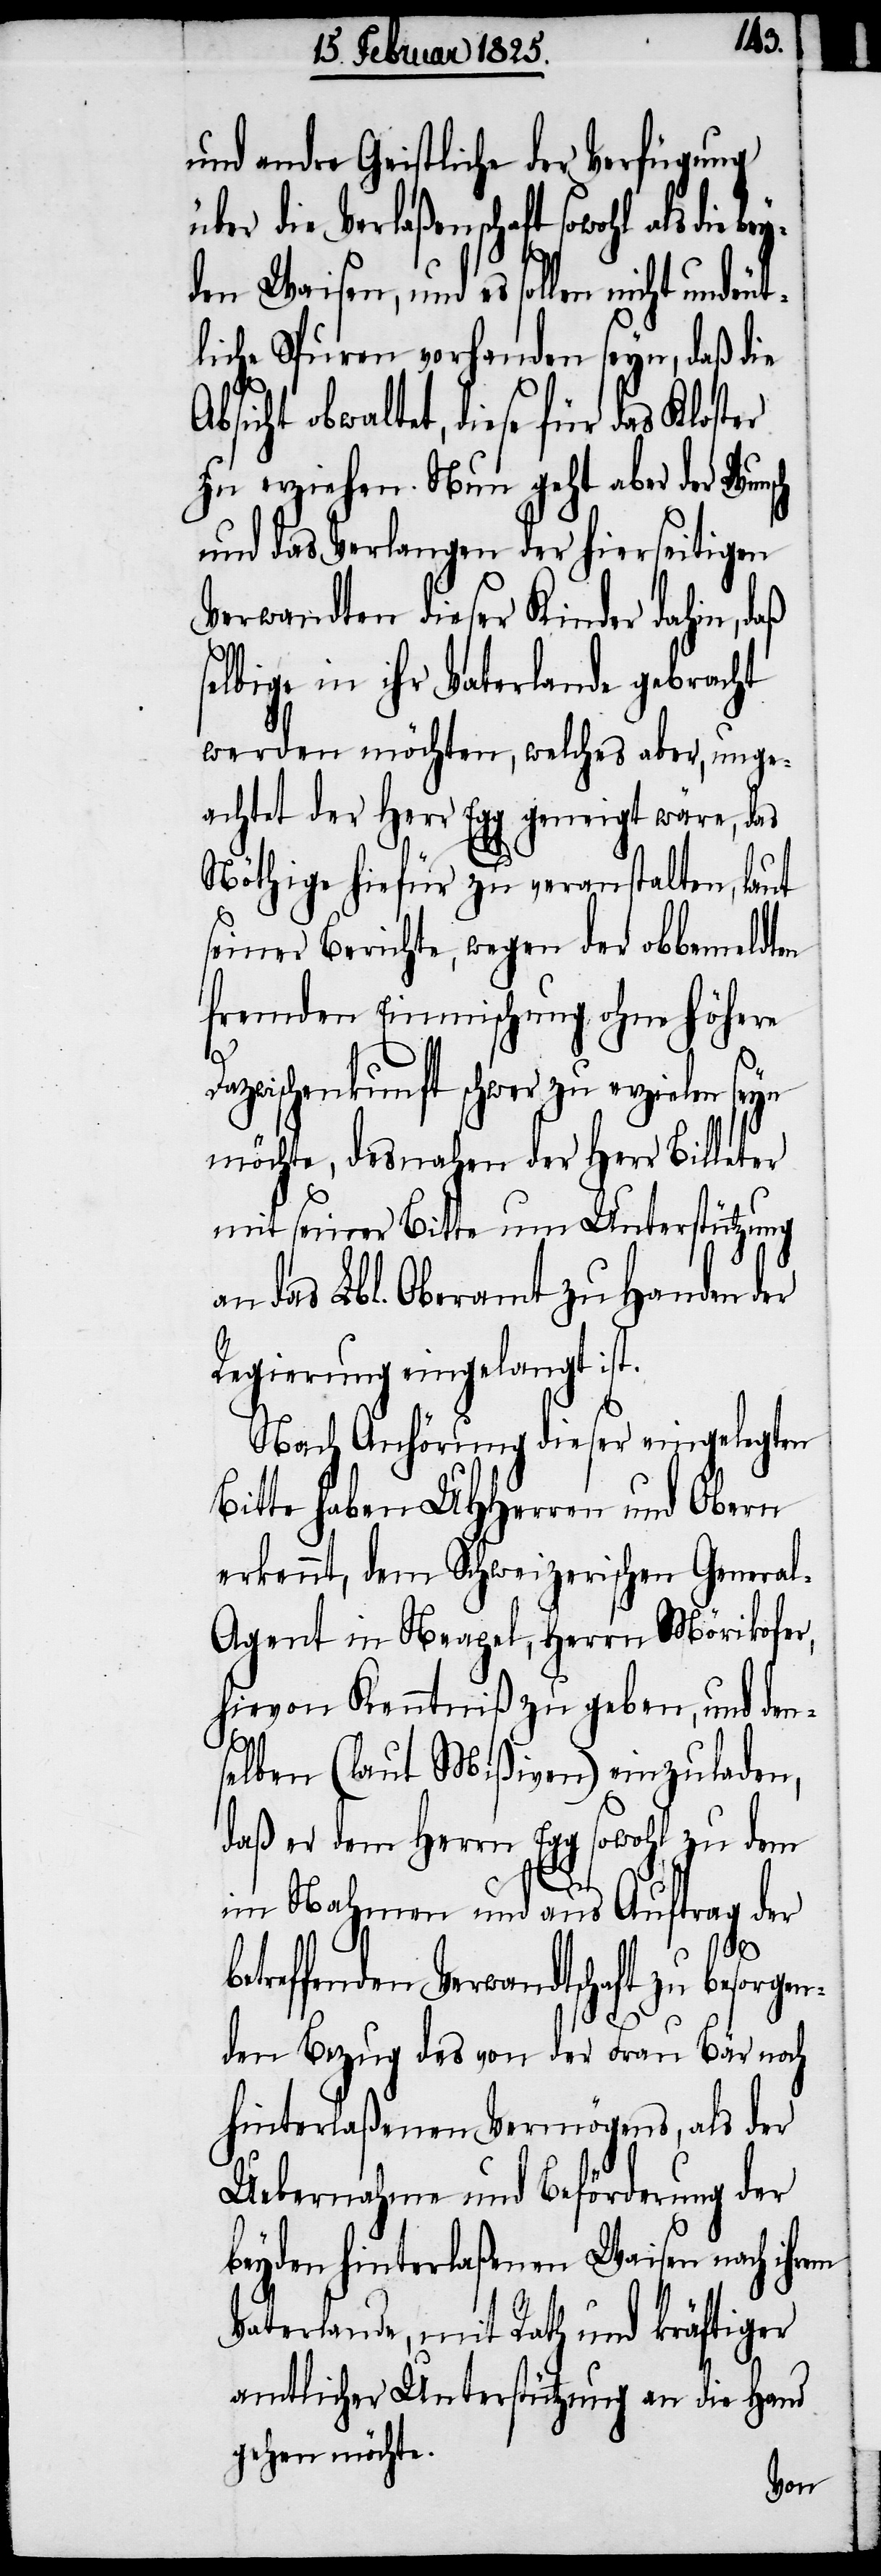
und andre Geistliche der Verfügung
ber die Verlaßenschaft sowohl als die
den Waisen, und es sollen nicht undeut¬
liche Spuren vorhanden seyn, daß die
bsicht obwaltet, diese für das Kloster
zu erziehen. Nun geht aber der Wun¬
und das Verlangen der hierseitigen
Verwandten dieser Kinder dahin, daß
selbige in ihr Vaterlande gebracht
werden möchten, welches aber, unge¬
achtet der Herr Egg geneigt wäre, das
Nöthige hiefür zu veranstalten, laut
seiner Berichte, wegen der obbemeldten
fremden Einmischung ohne höhere
D¬
azwischenkunft schwer zu erzielen seyn
möchte, desnahen der Herr Billeter
mit seiner Bitte um Unterstützung
an das Lbl. Oberamt zu Handen der
Regierung eingelangt ist.
Nach Anhörung dieser eingelegten
Bitte haben UHHerren und Obern
erkennt, dem Schweizerischen Genera¬
l-Agent in Neapel, Herrn Mörikofer,
hievon Kenntniß zu geben, und den¬
selben (laut Mißiven) einzuladen,
daß er dem Herrn Egg sowohl zu dem
en¬
im Nahmen und aus Auftrag der
reffenden Verwandtschaft zu besorg¬
den Bezug des von der Frau Bär noch
hinterlaßenen Vermögens, als der
Uebernahme und Beförderung der
beyden hinterlaßenen Waisen nach ihrem
Vaterlande, mit Rath und kräftiger
amtlicher Unterstützung an die Hand
gehen möchte.